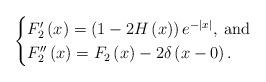
LaTeX: \begin{align*}\begin{cases}F_{2}'\left(x\right)=\left(1-2H\left(x\right)\right)e^{-\left|x\right|},\:\mbox{and}\\F_{2}''\left(x\right)=F_{2}\left(x\right)-2\delta\left(x-0\right).\end{cases}\end{align*}